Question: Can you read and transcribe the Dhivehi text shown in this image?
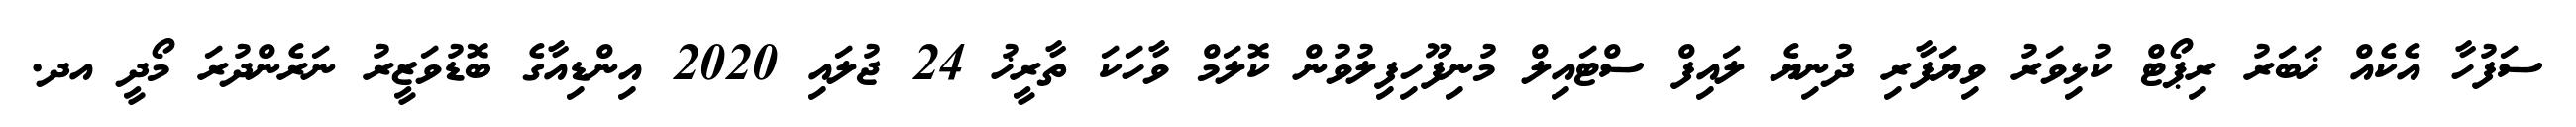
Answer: ސަފުހާ އެކެއް ޚަބަރު ރިޕޯޓް ކުޅިވަރު ވިޔަފާރި ދުނިޔެ ލައިފް ސްޓައިލް މުނިފޫހިފިލުވުން ކޮލަމް ވާހަކަ ތާރީޚު 24 ޖުލައި 2020 އިންޑިއާގެ ބޮޑުވަޒީރު ނަރެންދުރަ މޯދީ އދ.